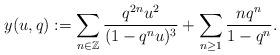
LaTeX: \begin{align*} y(u,q) &:= \sum_{n\in \mathbb{Z}}\frac{q^{2n}u^2}{(1-q^nu)^3}+\sum_{n\geq 1}\frac{nq^n}{1-q^n}.\end{align*}